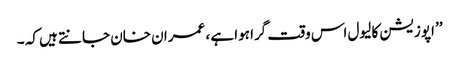
’’ اپوزیشن کا لیول اس وقت گرا ہوا ہے ، عمران خان جانتے ہیں کہ ۔